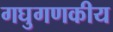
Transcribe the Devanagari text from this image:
गघुगणकीय